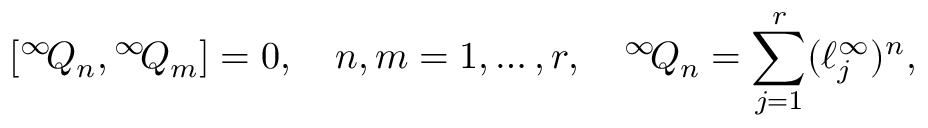
[ { } ^ { \infty } \! Q _ { n } , { } ^ { \infty } \! Q _ { m } ] = 0 , \quad n , m = 1 , \ldots , r , \quad { } ^ { \infty } \! Q _ { n } = \sum _ { j = 1 } ^ { r } ( \ell _ { j } ^ { \infty } ) ^ { n } ,